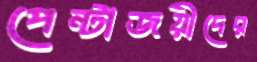
পেন্টাজয়ীদের